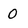
Character: O